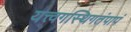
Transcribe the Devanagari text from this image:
यत्त्वगस्थिगतंपापं